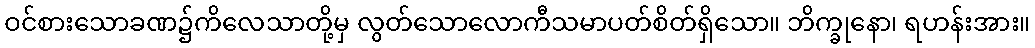
ဝင်စားသောခဏ၌ကိလေသာတို့မှ လွတ်သောလောကီသမာပတ်စိတ်ရှိသော။ ဘိက္ခုနော၊ ရဟန်းအား။